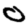
Digit: 0